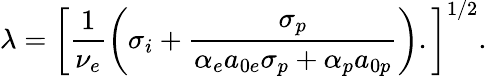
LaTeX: \lambda=\left[\frac{1}{\nu_{e}}\left(\sigma_{i}+\frac{\sigma_{p}}{\alpha_{e}a_{0e}\sigma_{p}+\alpha_{p}a_{0p}}\right).\right]^{1/2}.